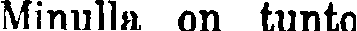
Minulla on tunto